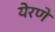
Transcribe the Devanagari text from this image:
येरणे